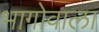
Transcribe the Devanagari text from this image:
भागोवाला